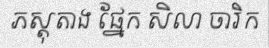
ភស្តុតាង ផ្នែក សិលា ចារិក